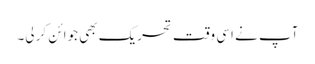
آپ نے اسی وقت تحریک بھی جوائن کر لی۔